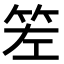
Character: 𥬢